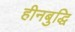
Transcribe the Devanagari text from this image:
हीनबुद्धि